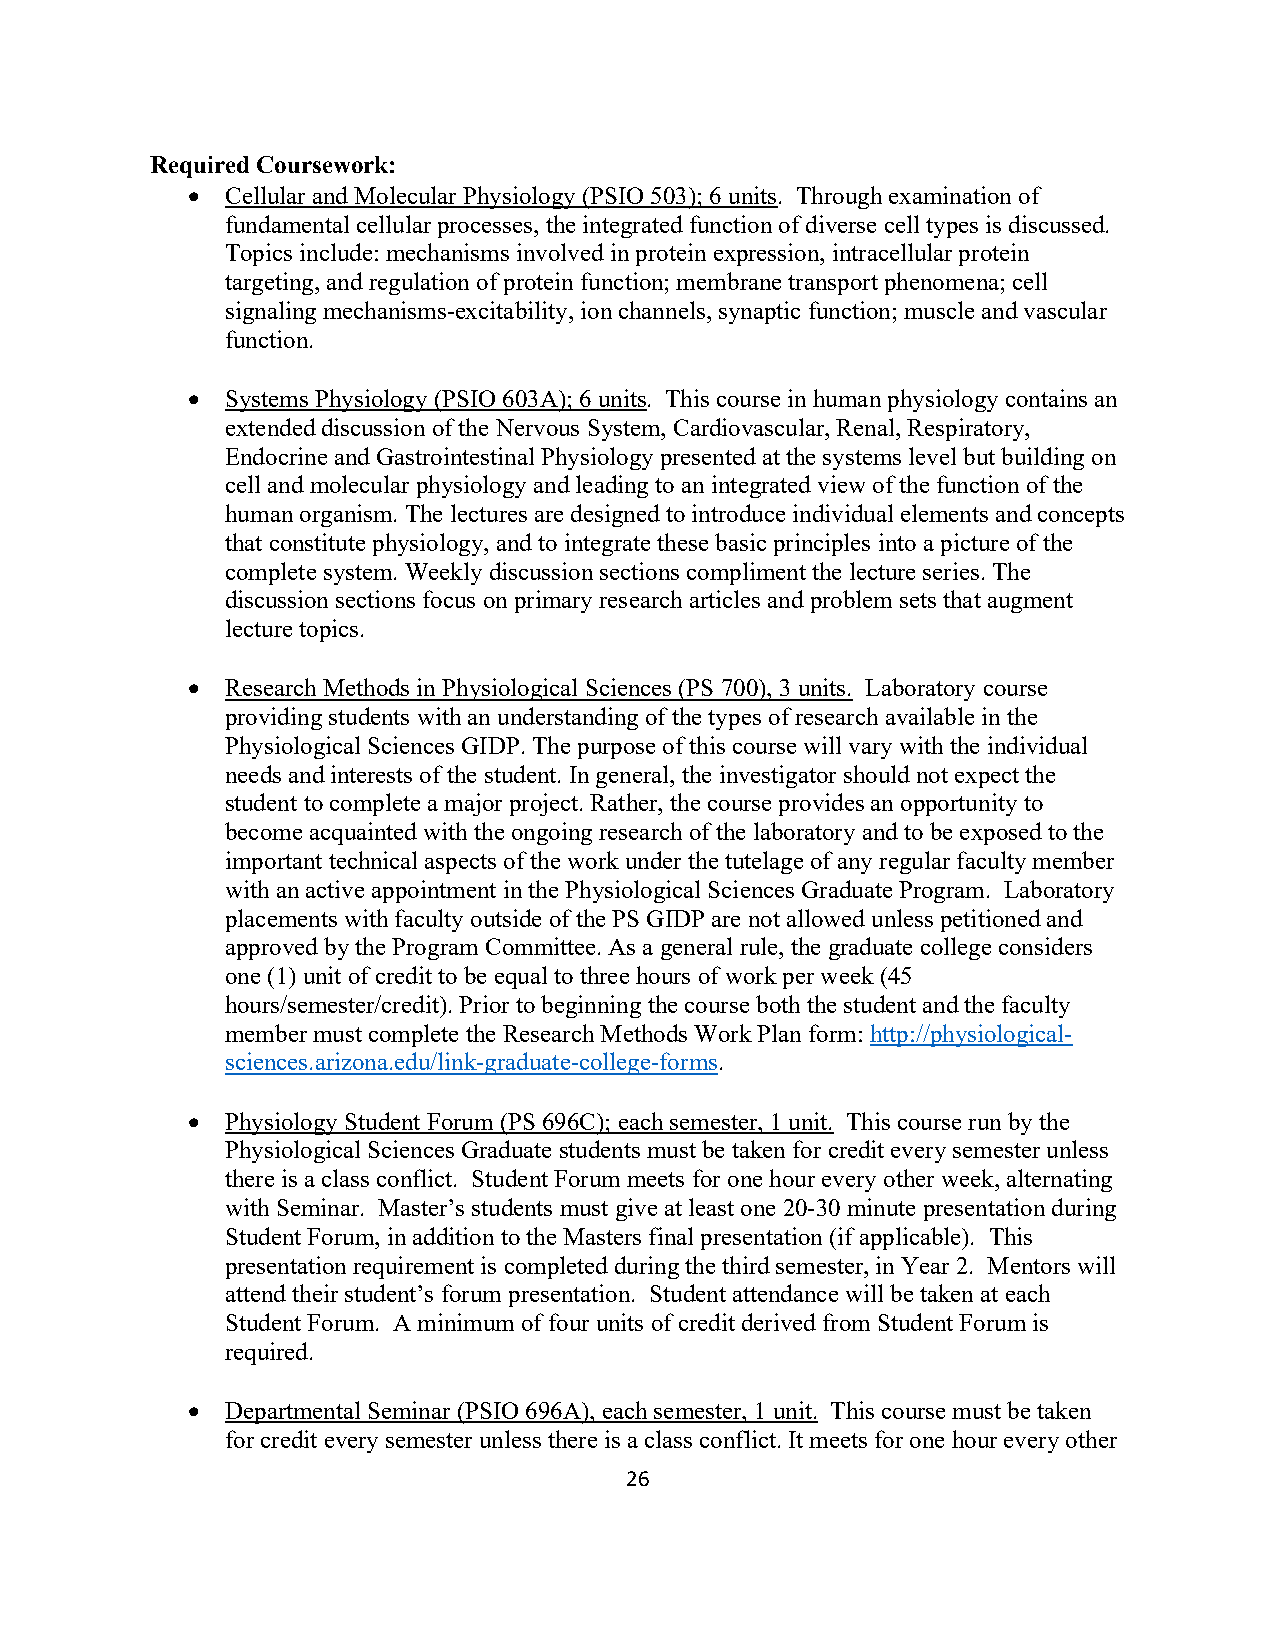
Required Coursework:
 •  Cellular and Molecular Physiology (PSIO 503); 6 units. Through examination of
 fundamental cellular processes, the integrated function of diverse cell types is discussed.
 Topics include: mechanisms involved in protein expression, intracellular protein
 targeting, and regulation of protein function; membrane transport phenomena; cell
 signaling mechanisms-excitability, ion channels, synaptic function; muscle and vascular
 function.
 •  Systems Physiology (PSIO 603A); 6 units. This course in human physiology contains an
 extended discussion of the Nervous System, Cardiovascular, Renal, Respiratory,
 Endocrine and Gastrointestinal Physiology presented at the systems level but building on
 cell and molecular physiology and leading to an integrated view of the function of the
 human organism. The lectures are designed to introduce individual elements and concepts
 that constitute physiology, and to integrate these basic principles into a picture of the
 complete system. Weekly discussion sections compliment the lecture series. The
 discussion sections focus on primary research articles and problem sets that augment
 lecture topics.
 •  Research Methods in Physiological Sciences (PS 700), 3 units. Laboratory course
 providing students with an understanding of the types of research available in the
 Physiological Sciences GIDP. The purpose of this course will vary with the individual
 needs and interests of the student. In general, the investigator should not expect the
 student to complete a major project. Rather, the course provides an opportunity to
 become acquainted with the ongoing research of the laboratory and to be exposed to the
 important technical aspects of the work under the tutelage of any regular faculty member
 with an active appointment in the Physiological Sciences Graduate Program. Laboratory
 placements with faculty outside of the PS GIDP are not allowed unless petitioned and
 approved by the Program Committee. As a general rule, the graduate college considers
 one (1) unit of credit to be equal to three hours of work per week (45
 hours/semester/credit). Prior to beginning the course both the student and the faculty
 member must complete the Research Methods Work Plan form: http://physiological-
 sciences.arizona.edu/link-graduate-college-forms.
 •  Physiology Student Forum (PS 696C); each semester, 1 unit. This course run by the
 Physiological Sciences Graduate students must be taken for credit every semester unless
 there is a class conflict. Student Forum meets for one hour every other week, alternating
 with Seminar. Master’s students must give at least one 20-30 minute presentation during
 Student Forum, in addition to the Masters final presentation (if applicable). This
 presentation requirement is completed during the third semester, in Year 2. Mentors will
 attend their student’s forum presentation. Student attendance will be taken at each
 Student Forum. A minimum of four units of credit derived from Student Forum is
 required.
 •  Departmental Seminar (PSIO 696A), each semester, 1 unit. This course must be taken
 for credit every semester unless there is a class conflict. It meets for one hour every other
 26